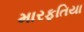
મારફતિયા